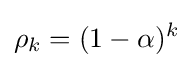
\rho _{k}=(1-\alpha )^{k}